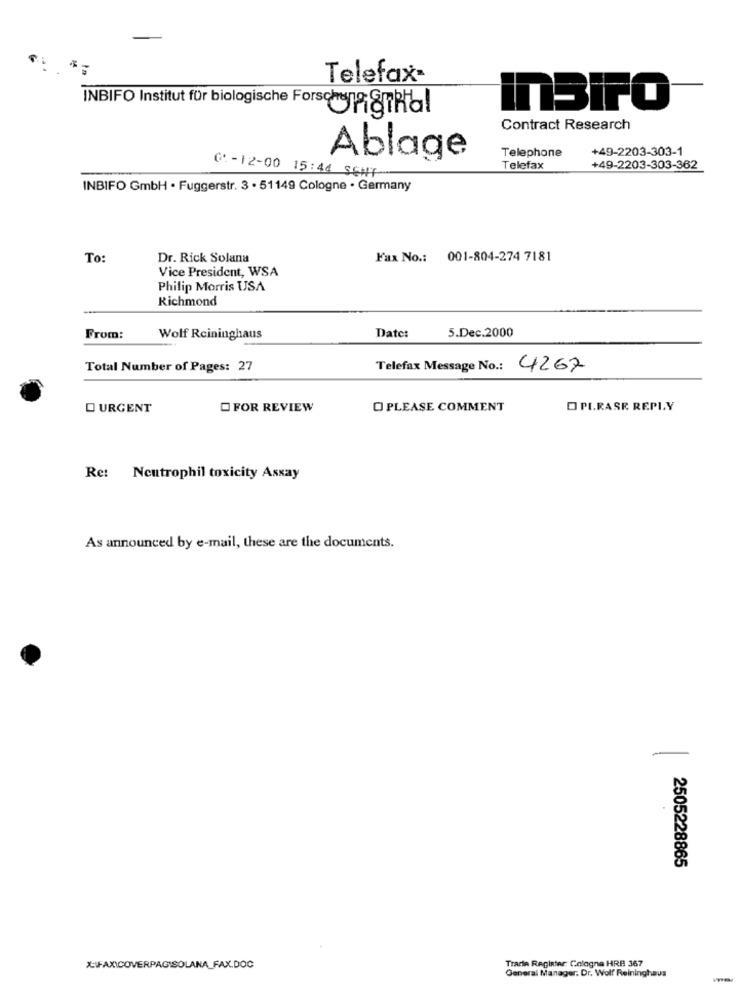
Telefax-
InSIFO
INBIFO Institut für biologische Fors UngThal
Contract Research
Telephone
+49-2203-303-1
Ablage
Telefax
+49-2203-303-362
C: - 12-00 15:44 S&#F
INBIFO GmbH . Fuggerstr. 3 . 51149 Cologne · Germany
To:
Dr. Rick Solana
Fax No .: 001-804-274 7181
Vice President, WSA
Philip Morris USA
Richmond
5.Dec.2000
From:
Wolf Rcininghaus
Date:
Total Number of Pages: 27
Telefax Message No .: 4267
O URGENT
O FOR REVIEW
O PLEASE COMMENT
OPI.RASK REPLY
Re: Neutrophil toxicity Assay
As announced by e-mail, these are the documents.
-
2505228865
Tracie Register: Cologna HRB 367
X-FAXICOVERPAGISOLANA_FAX.DOC
General Manager. Dr. Wolf Reininghaus